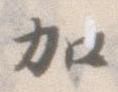
加